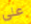
علي